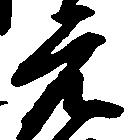
元